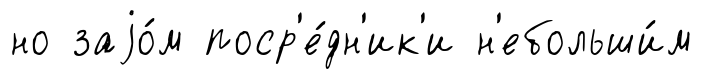
но заjо́м поср'е́дн'ик'и н'ебольши́м